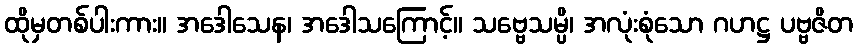
ထိုမှတစ်ပါးကား။ အဒေါသေန၊ အဒေါသကြောင့်။ သဗ္ဗေသမ္ပိ၊ အလုံးစုံသော ဂဟဋ္ဌ ပဗ္ဗဇိတ